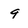
Character: 9